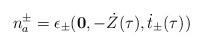
\begin{align*}n^{\pm}_a=\epsilon_{\pm}({\bf 0}, -\dot Z(\tau), \dot t_{\pm}(\tau))\end{align*}